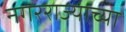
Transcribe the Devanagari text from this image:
नगरराज्याच्या